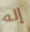
إله